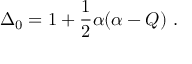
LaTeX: \Delta _ { 0 } = 1 + \frac { 1 } { 2 } \alpha ( \alpha - Q ) \ .